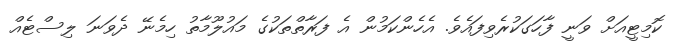
ކޮމިޓީއަށް ވަނީ ފާހަގަކުރެވިފައެވެ. އެހެންކަމުން އެ ފަރާތްތަކުގެ މައުލޫމާތު ހިމެނޭ ދެވަނަ ލިސްޓެއް